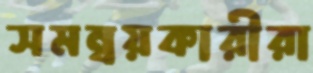
সমন্বয়কারীরা